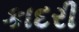
કાદરી